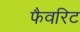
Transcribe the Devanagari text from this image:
फैवरिट